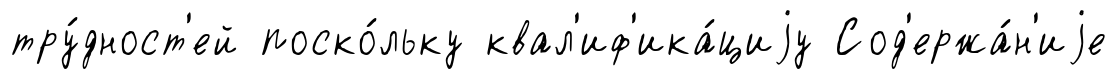
тру́дност'ей поско́льку квал'иф'ика́циjу Сод'ержа́н'иjе